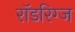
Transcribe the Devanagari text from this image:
रॉडरिग्ज